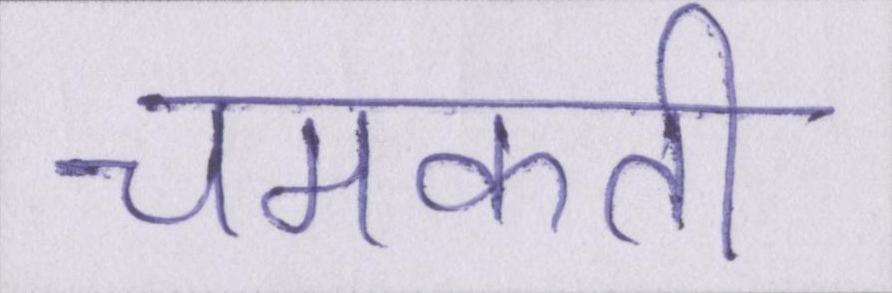
चमकती